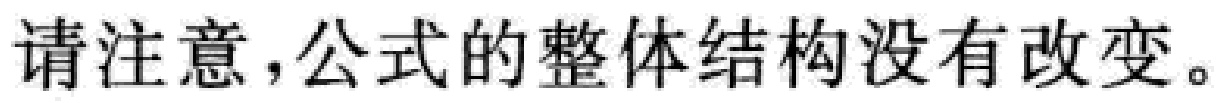
请注意，公式的整体结构没有改变。